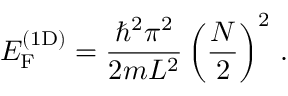
E _ { \mathrm { F } } ^ { ( { \mathrm { 1 D } } ) } = { \frac { \hbar ^ { 2 } \pi ^ { 2 } } { 2 m L ^ { 2 } } } \left( { \frac { N } { 2 } } \right) ^ { 2 } \, .